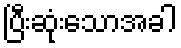
ပြီးဆုံးသောအခါ